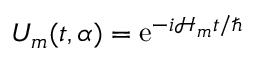
U _ { m } ( t , \alpha ) = \mathrm { e } ^ { - i \mathcal { H } _ { m } t / \hbar }